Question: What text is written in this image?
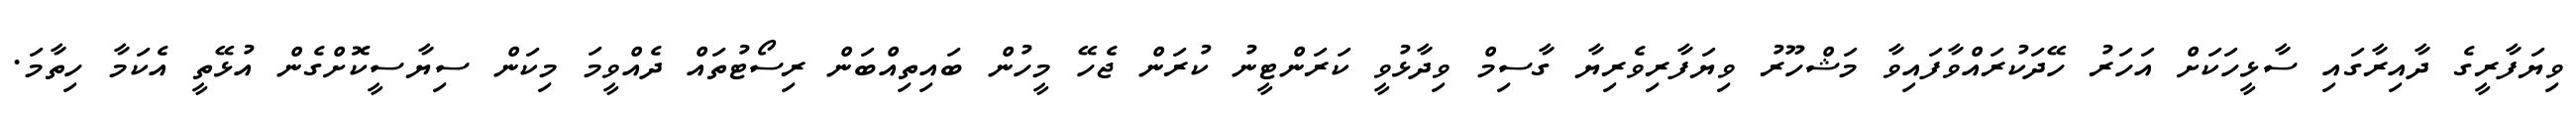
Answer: ވިޔަފާރީގެ ދާއިރާގައި ސާޅީހަކަށް އަހަރު ހޭދަކުރައްވާފައިވާ މަޝްހޫރު ވިޔަފާރިވެރިޔާ ގާސިމް ވިދާޅުވީ ކަރަންޓީނު ކުރަން ޖެހޭ މީހުން ބައިތިއްބަން ރިސޯޓުތައް ދެއްވީމަ މިކަން ސިޔާސީކޮށްގެން އުޅޭތީ އެކަމާ ހިތާމަ.